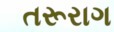
તરૂરાગ